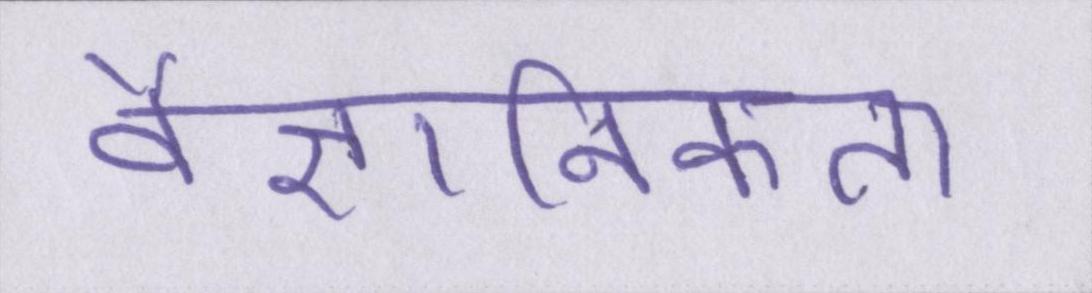
वैज्ञानिकता